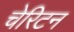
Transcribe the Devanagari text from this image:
चेरिटन